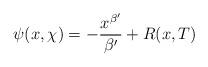
LaTeX: \begin{align*}\psi(x,\chi)=-\frac{x^{\beta'}}{\beta'}+R(x,T)\end{align*}